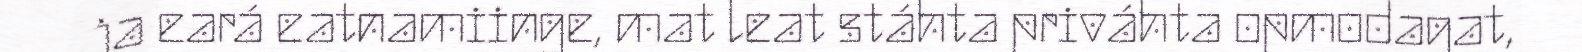
ja eará eatnamiinge, mat leat stáhta priváhta opmodagat,